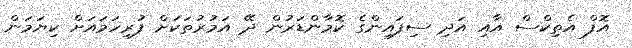
އޮފް އެތިކްސް އާއި އަދި ސިފައިންގެ ކޮމާންޑަރުން ދޭ އަމުރުތަކަށް ފުރިހަމައަށް ކިޔަމަން